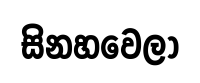
සිනහවෙලා